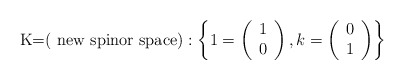
\begin{align*}\mbox{K=( new spinor space)} :\left\{ 1= \left( \begin{array}{l} 1\\ 0 \end{array} \right), k= \left( \begin{array}{l} 0\\ 1 \end{array} \right) \right\}\end{align*}